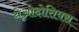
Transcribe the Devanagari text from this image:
थेओदोसियस